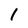
Character: l